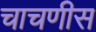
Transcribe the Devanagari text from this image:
चाचणीस